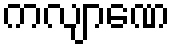
ကလျာဏေ